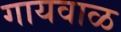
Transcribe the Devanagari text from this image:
गायवाळ